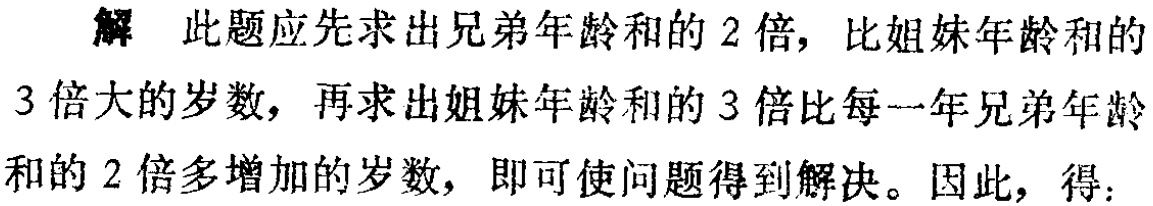
解 此题应先求出兄弟年龄和的 2 倍，比姐妹年龄和的

3 倍大的岁数，再求出姐妹年龄和的 3 倍比每一年兄弟年龄

和的 2 倍多增加的岁数，即可使问题得到解决。因此，得：